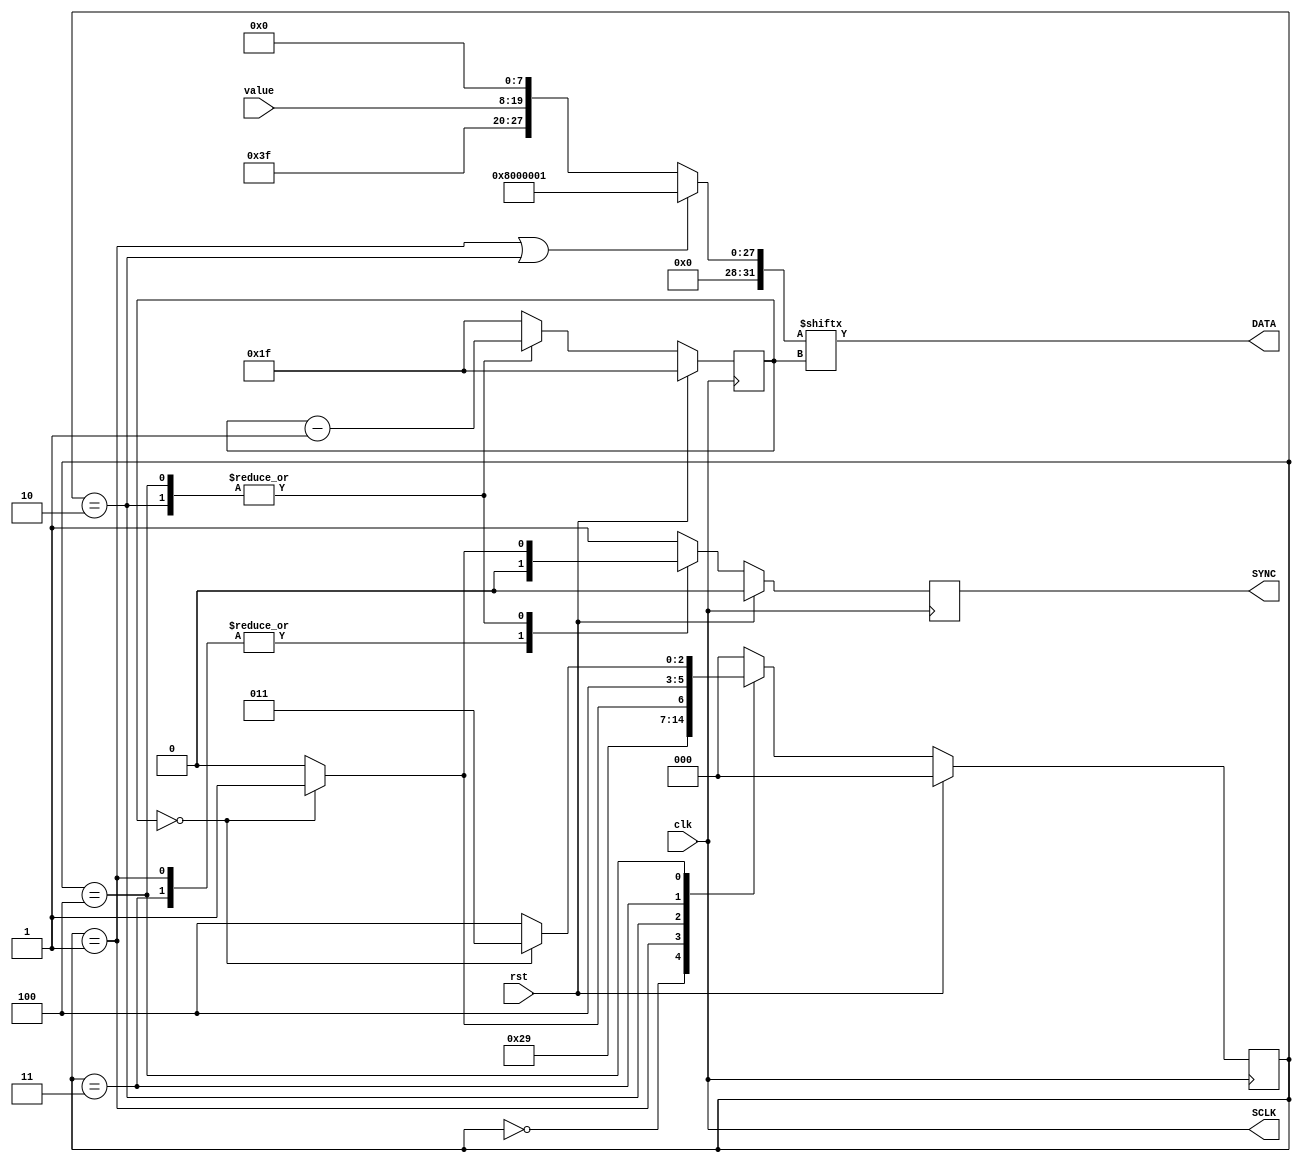
module PmodDA4_Control (
  input clk,
  input rst,
  input [11:0] value, 
  output reg SYNC,    
  output DATA,        
  output SCLK         
);
localparam stIDLE = 3'd0,
           stINIT_irv = 3'd1,
           stTRAN_irv = 3'd2,
           stINIT = 3'd3,
           stTRAN = 3'd4;
wire [31:0] temp;
reg [2:0] state;
reg [4:0] index;
assign temp = ((state == stINIT_irv) || (state == stTRAN_irv)) ? {8'h8, 24'h1} : {12'h3F, value, 8'h0};
assign DATA = temp[index];
assign SCLK = clk;
always @(negedge clk) begin
  if (rst) begin
    state <= stIDLE;
    index <= 5'd31;
    SYNC <= 1'b0;
  end else begin
    case (state)
      stIDLE: begin
        state <= stINIT_irv;
        index <= 5'd31;
        SYNC <= 1'b1;
      end
      stINIT_irv: begin
        state <= stTRAN_irv;
        index <= 5'd31;
        SYNC <= 1'b0;
      end
      stTRAN_irv: begin
        state <= (index == 0) ? stINIT : stTRAN_irv;
        index <= index - 1'b1;
        SYNC <= (index == 0) ? 1'b1 : 1'b0;
      end
      stINIT: begin
        state <= stTRAN;
        index <= 5'd31;
        SYNC <= 1'b0;
      end
      stTRAN: begin
        state <= (index == 0) ? stINIT : stTRAN;
        index <= index - 1'b1;
        SYNC <= (index == 0) ? 1'b1 : 1'b0;
      end
      default: begin
        state <= stIDLE;
        index <= 5'd31;
        SYNC <= 1'b1;
      end 
    endcase
  end
end
endmodule